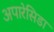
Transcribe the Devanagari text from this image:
अपारेसिडा